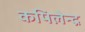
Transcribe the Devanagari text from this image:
कपिलेन्द्र